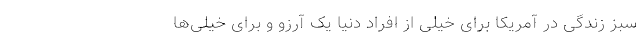
سبز زندگی در آمریکا برای خیلی از افراد دنیا یک آرزو و برای خیلی‌ها